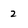
Character: 2